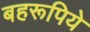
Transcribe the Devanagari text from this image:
बहरूपिये